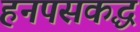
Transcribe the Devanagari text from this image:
हनपसकद्ध